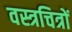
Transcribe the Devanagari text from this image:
वस्त्रचित्रों